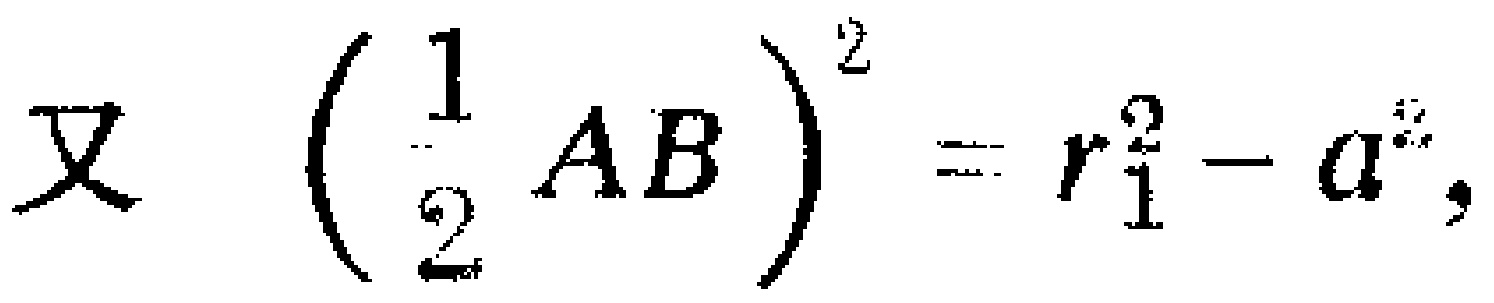
又 $\left(\frac{1}{2} AB\right)^2 = r_1^2 - a^2$，